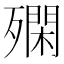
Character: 𣩝